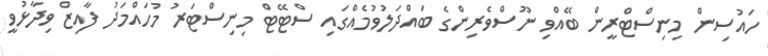
ހައުސިން މިނިސްޓްރީން ބޭއްވި ނޫސްވެރިންގެ ބައްދަލުވުމެއްގައި ސްޓޭޓް މިނިސްޓަރު މުހައްމަދު ފާއިޒް ވިދާޅުވީ